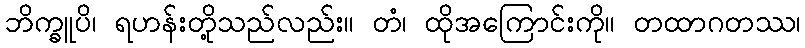
ဘိက္ခူပိ၊ ရဟန်းတို့သည်လည်း။ တံ၊ ထိုအကြောင်းကို။ တထာဂတဿ၊